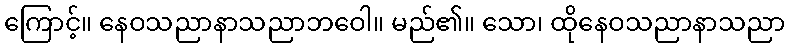
ကြောင့်။ နေဝသညာနာသညာဘဝေါ။ မည်၏။ သော၊ ထိုနေဝသညာနာသညာ